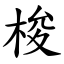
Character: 梭